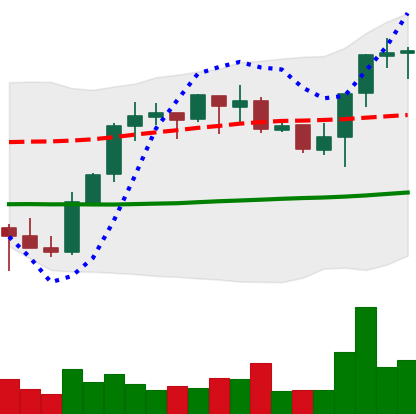
Ticker: BNB-USD
Chart end date: 2021-10-15
Forward return: 5.767%
Label: up_5_7